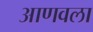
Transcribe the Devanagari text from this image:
आणवला